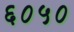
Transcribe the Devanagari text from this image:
६०५०